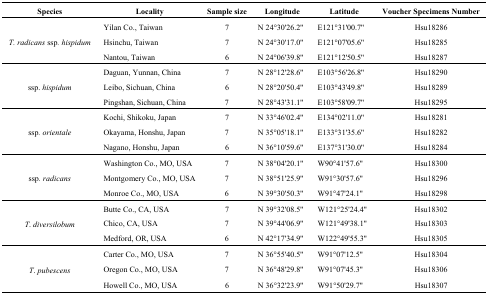
<table><thead><tr><td><b>Species</b></td><td><b>Locality</b></td><td><b>Sample size</b></td><td><b>Longitude</b></td><td><b>Latitude</b></td><td><b>Voucher Specimens Number</b></td></tr></thead><tbody><tr><td rowspan="3"><i>T. radicans</i> ssp<i>. hispidum</i></td><td>Yilan Co., Taiwan</td><td>7</td><td>N 24°30′26.2′′</td><td>E121°31′00.7′′</td><td>Hsu18286</td></tr><tr><td>Hsinchu, Taiwan</td><td>7</td><td>N 24°30′17.0′′</td><td>E121°07′05.6′′</td><td>Hsu18285</td></tr><tr><td>Nantou, Taiwan</td><td>6</td><td>N 24°06′39.8′′</td><td>E121°12′50.5′′</td><td>Hsu18287</td></tr><tr><td rowspan="3">ssp. <i>hispidum</i></td><td>Daguan, Yunnan, China</td><td>7</td><td>N 28°12′28.6′′</td><td>E103°56′26.8′′</td><td>Hsu18290</td></tr><tr><td>Leibo, Sichuan, China</td><td>6</td><td>N 28°20′50.4′′</td><td>E103°43′49.8′′</td><td>Hsu18289</td></tr><tr><td>Pingshan, Sichuan, China</td><td>7</td><td>N 28°43′31.1′′</td><td>E103°58′09.7′′</td><td>Hsu18295</td></tr><tr><td rowspan="3">ssp<i>. orientale</i></td><td>Kochi, Shikoku, Japan</td><td>7</td><td>N 33°46′02.4′′</td><td>E134°02′11.0′′</td><td>Hsu18281</td></tr><tr><td>Okayama, Honshu, Japan</td><td>7</td><td>N 35°05′18.1′′</td><td>E133°31′35.6′′</td><td>Hsu18282</td></tr><tr><td>Nagano, Honshu, Japan</td><td>6</td><td>N 36°10′59.6′′</td><td>E137°31′30.0′′</td><td>Hsu18284</td></tr><tr><td rowspan="3">ssp<i>. radicans</i></td><td>Washington Co., MO, USA</td><td>7</td><td>N 38°04′20.1′′</td><td>W90°41′57.6′′</td><td>Hsu18300</td></tr><tr><td>Montgomery Co., MO, USA</td><td>7</td><td>N 38°51′25.9′′</td><td>W91°30′57.6′′</td><td>Hsu18296</td></tr><tr><td>Monroe Co., MO, USA</td><td>6</td><td>N 39°30′50.3′′</td><td>W91°47′24.1′′</td><td>Hsu18298</td></tr><tr><td rowspan="3"><i>T. diversilobum</i></td><td>Butte Co., CA, USA</td><td>7</td><td>N 39°32′08.5′′</td><td>W121°25′24.4′′</td><td>Hsu18302</td></tr><tr><td>Chico, CA, USA</td><td>7</td><td>N 39°44′06.9′′</td><td>W121°49′38.1′′</td><td>Hsu18303</td></tr><tr><td>Medford, OR, USA</td><td>6</td><td>N 42°17′34.9′′</td><td>W122°49′55.3′′</td><td>Hsu18305</td></tr><tr><td rowspan="3"><i>T. pubescens</i></td><td>Carter Co., MO, USA</td><td>7</td><td>N 36°55′40.5′′</td><td>W91°07′12.5′′</td><td>Hsu18304</td></tr><tr><td>Oregon Co., MO, USA</td><td>7</td><td>N 36°48′29.8′′</td><td>W91°07′45.3′′</td><td>Hsu18306</td></tr><tr><td>Howell Co., MO, USA</td><td>6</td><td>N 36°32′23.9′′</td><td>W91°50′29.7′′</td><td>Hsu18307</td></tr></tbody></table>